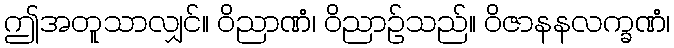
ဤအတူသာလျှင်။ ဝိညာဏံ၊ ဝိညာဉ်သည်။ ဝိဇာနနလက္ခဏံ၊